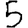
Digit: 5